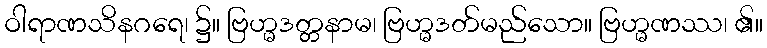
ဝါရာဏသိနဂရေ၊ ၌။ ဗြဟ္မဒတ္တနာမ၊ ဗြဟ္မဒတ်မည်သော။ ဗြဟ္မဏဿ၊ ၏။